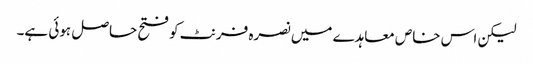
لیکن اس خاص معاہدے میں نصرہ فرنٹ کو فتح حاصل ہوئی ہے۔